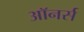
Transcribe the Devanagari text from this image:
अाॅनर्स